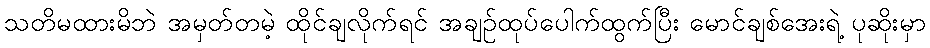
သတိမထားမိဘဲ အမှတ်တမဲ့ ထိုင်ချလိုက်ရင် အချဉ်ထုပ်ပေါက်ထွက်ပြီး မောင်ချစ်အေးရဲ့ ပုဆိုးမှာ